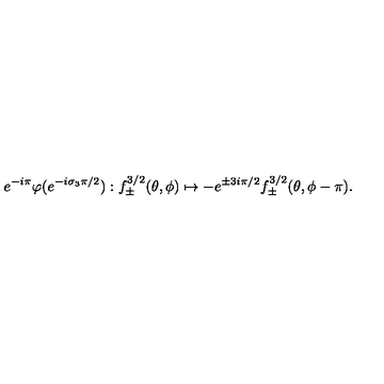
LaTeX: e ^ { - i \pi } \varphi ( e ^ { - i \sigma _ { 3 } \pi / 2 } ) : f _ { \pm } ^ { 3 / 2 } ( \theta , \phi ) \mapsto - e ^ { \pm 3 i \pi / 2 } f _ { \pm } ^ { 3 / 2 } ( \theta , \phi - \pi ) .